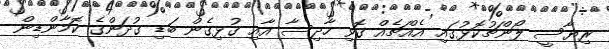
ރިޔާސީ ލޯންޗުކޮޅުގައި އެއްޗެއް ގޮވި ހާދިސާ އާއި ގުޅިގެން ބަޑި ގުދަންގެ ކޮމާންޑިން